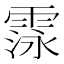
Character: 𮦛